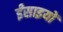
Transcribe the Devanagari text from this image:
ईंसाइयों